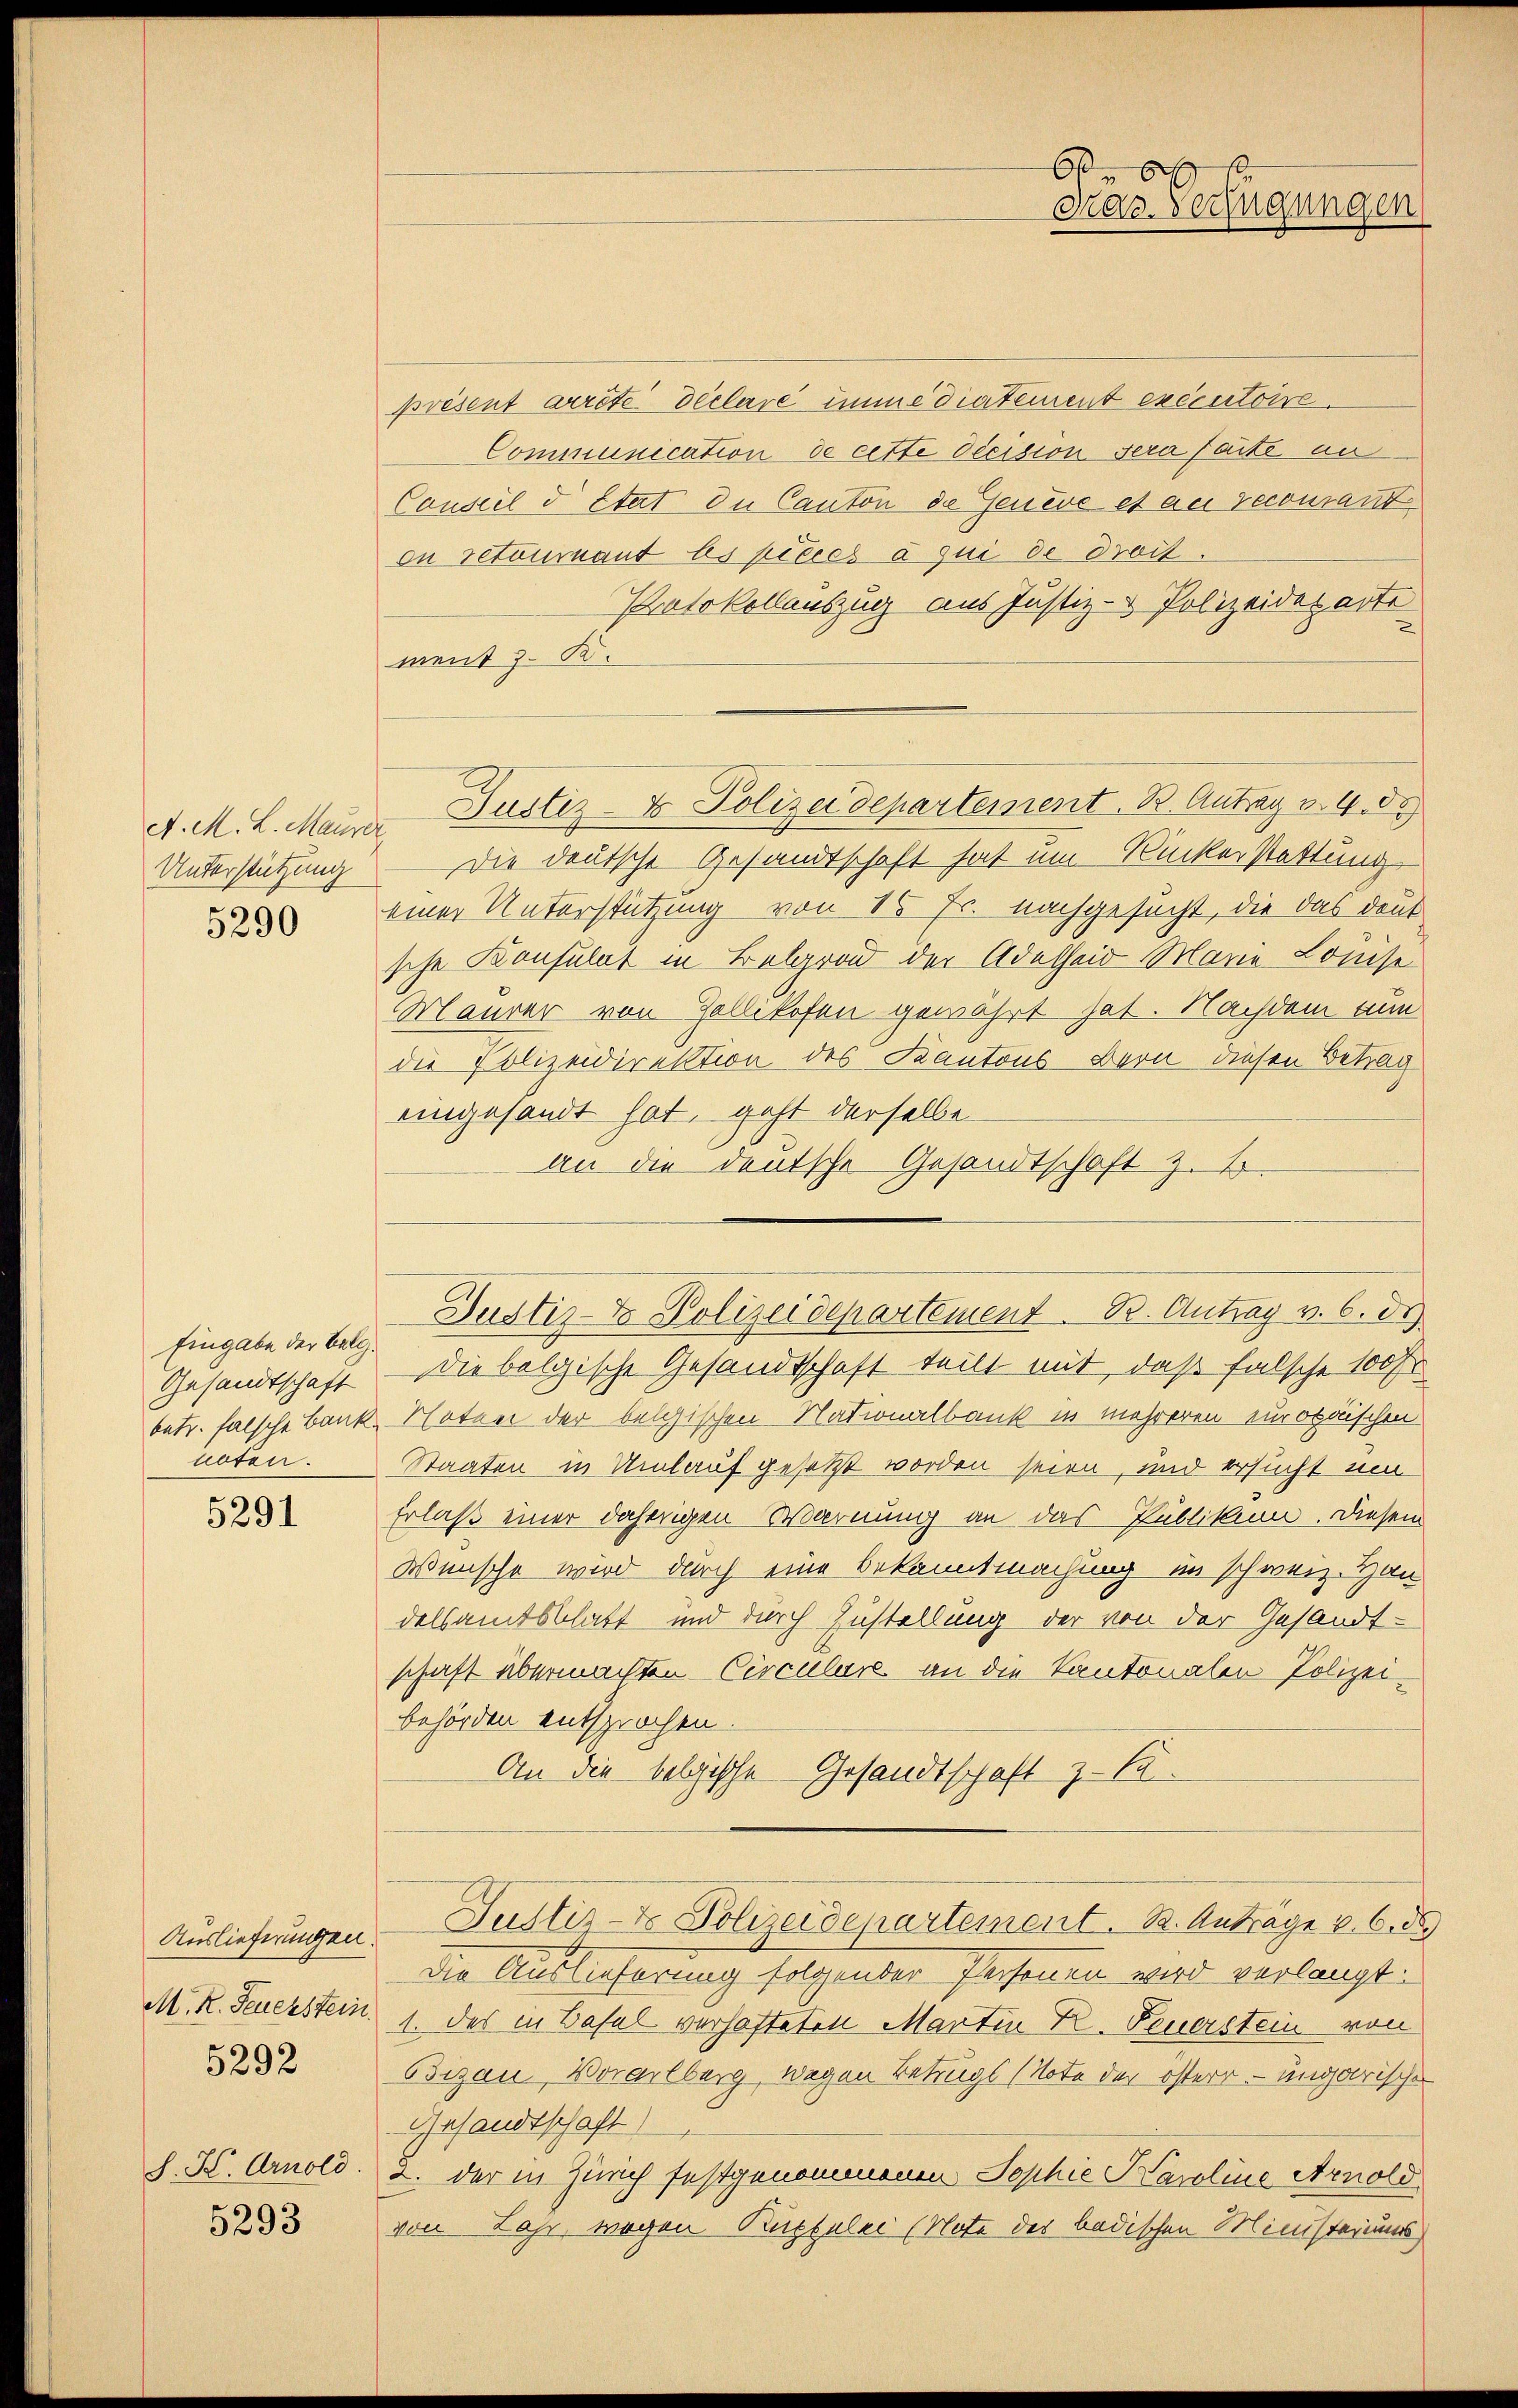
Unterstützung
5290

Eingabe der Belg.
Gesandtschaft
noten.

5291

Auslieferungen.
5292

S. K. Arnold.

5293

présent arrete Declare imme diatement executoire.
Communication de cette decision sera faite an
Conseil d Etat die Canton de Genere et au recourant
du retourant les pièces à qui de droit.
Protokollauszug aus Justiz- & Polizeideparte
ment z. B.
d. M. L. Maurer Justiz- & Polizeidepartement. B. Antag v. 4.
Die deutsche Gesandtschaft hat um Ruckerstattung
einer Unterstützung von 15 Fr. nachgesucht, die das deut
sche Konsulat in Belgrad der Adelheid Marie Louise
Maurer von Gallikofen gewährt hat. Nachdem nun
die Polizeidirektion des Kantons-Bern diesen Betrag
eingesandt hat, geht derselbe
an die deutsche Gesandtschaft z. B.
die bolgische Gesandtschaft teilt mit, daß falsche 100 Fr.
betr. falsche Bank, Noten der belgischen Nationalbank in mehreren europäischen
Staaten in Umlauf gesetzt worden seien, und ersucht um
Erlaß einer daherigen Warnung an das Publikum. Diesem
Wünsche wird durch eine Bekanntmachung im schweiz. Han
delsamtsblatt und durch Zustellung der von der Gesandt-
schaft übermachten Circulare an die Kantonalen Polizeibehörden entsprochen.
An die belgische Gesandtschaft z. S.
Justiz- & Polizeidenartement. B. Anträge u. 6. d
Die Auslieferung folgender Personen wird verlangt:
M. R. Feuerstein. 1. Das in Basel verhafteten Martin K. Feuerstein von
Bizau, Vorarlberg, wegen Betrugs (Note der österr. ungarischer
Gesandtschaft)
2. der in Zürich festgenommenen Sophie Haroline Arnold
von Jahr, wegen Kuppelei (Note des badischen Ministeriums

6
Pras. Verfügungen

Justiz- & Polizeidepartement. B. Antrag v. 6. di